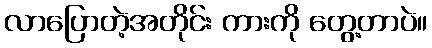
လာပြောတဲ့အတိုင်း ကားကို တွေ့တာပဲ။